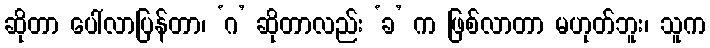
ဆိုတာ ပေါ်လာပြန်တာ၊ ‘ဂ’ ဆိုတာလည်း ‘ခ’ က ဖြစ်လာတာ မဟုတ်ဘူး၊ သူက